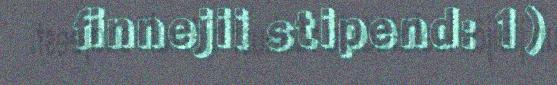
finnejii stipend: 1)